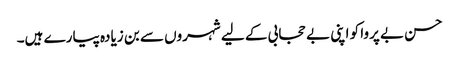
حسن بے پروا کو اپنی بے حجابی کے لیے شہروں سے بن زیادہ پیارے ہیں۔